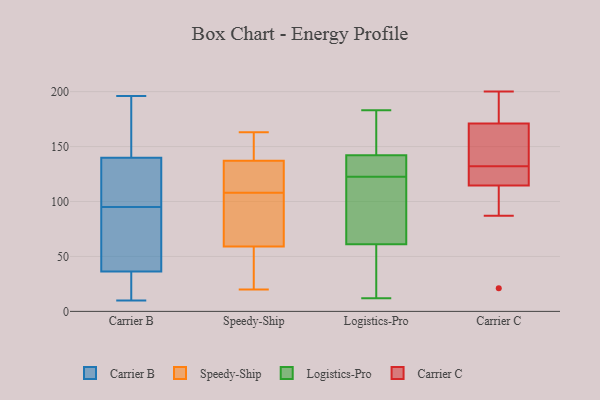
{"axis": {"x": "Bounce Rate (%)", "y": "Value"}, "legend": ["Carrier B", "Carrier C", "Logistics-Pro", "Speedy-Ship"], "data": [{"x": "", "y": 95, "type": "Carrier B"}, {"x": "", "y": 93, "type": "Carrier B"}, {"x": "", "y": 40, "type": "Carrier B"}, {"x": "", "y": 25, "type": "Carrier B"}, {"x": "", "y": 72, "type": "Carrier B"}, {"x": "", "y": 123, "type": "Carrier B"}, {"x": "", "y": 114, "type": "Carrier B"}, {"x": "", "y": 125, "type": "Carrier B"}, {"x": "", "y": 184, "type": "Carrier B"}, {"x": "", "y": 43, "type": "Carrier B"}, {"x": "", "y": 19, "type": "Carrier B"}, {"x": "", "y": 14, "type": "Carrier B"}, {"x": "", "y": 170, "type": "Carrier B"}, {"x": "", "y": 10, "type": "Carrier B"}, {"x": "", "y": 196, "type": "Carrier B"}, {"x": "", "y": 130, "type": "Carrier B"}, {"x": "", "y": 169, "type": "Carrier B"}, {"x": "", "y": 113, "type": "Speedy-Ship"}, {"x": "", "y": 144, "type": "Speedy-Ship"}, {"x": "", "y": 22, "type": "Speedy-Ship"}, {"x": "", "y": 103, "type": "Speedy-Ship"}, {"x": "", "y": 163, "type": "Speedy-Ship"}, {"x": "", "y": 59, "type": "Speedy-Ship"}, {"x": "", "y": 126, "type": "Speedy-Ship"}, {"x": "", "y": 74, "type": "Speedy-Ship"}, {"x": "", "y": 20, "type": "Speedy-Ship"}, {"x": "", "y": 137, "type": "Speedy-Ship"}, {"x": "", "y": 162, "type": "Logistics-Pro"}, {"x": "", "y": 129, "type": "Logistics-Pro"}, {"x": "", "y": 82, "type": "Logistics-Pro"}, {"x": "", "y": 77, "type": "Logistics-Pro"}, {"x": "", "y": 134, "type": "Logistics-Pro"}, {"x": "", "y": 150, "type": "Logistics-Pro"}, {"x": "", "y": 36, "type": "Logistics-Pro"}, {"x": "", "y": 122, "type": "Logistics-Pro"}, {"x": "", "y": 123, "type": "Logistics-Pro"}, {"x": "", "y": 45, "type": "Logistics-Pro"}, {"x": "", "y": 12, "type": "Logistics-Pro"}, {"x": "", "y": 183, "type": "Logistics-Pro"}, {"x": "", "y": 134, "type": "Carrier C"}, {"x": "", "y": 182, "type": "Carrier C"}, {"x": "", "y": 87, "type": "Carrier C"}, {"x": "", "y": 179, "type": "Carrier C"}, {"x": "", "y": 130, "type": "Carrier C"}, {"x": "", "y": 127, "type": "Carrier C"}, {"x": "", "y": 163, "type": "Carrier C"}, {"x": "", "y": 21, "type": "Carrier C"}, {"x": "", "y": 159, "type": "Carrier C"}, {"x": "", "y": 113, "type": "Carrier C"}, {"x": "", "y": 200, "type": "Carrier C"}, {"x": "", "y": 116, "type": "Carrier C"}]}